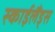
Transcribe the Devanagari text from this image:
स्‍काईलैंड्स